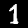
Label: 1